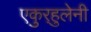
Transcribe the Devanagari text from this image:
एकुर्‍हुलेनी